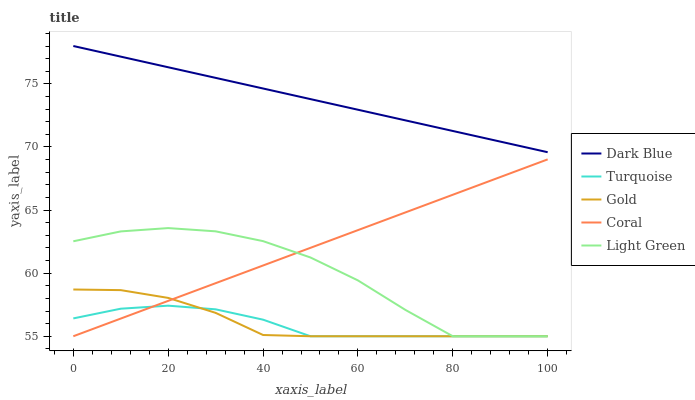
| xaxis_label | Dark Blue | Turquoise | Gold | Coral | Light Green |
 | --- | --- | --- | --- | --- | --- |
 | 0 | 78 | 56.4 | 58.7 | 55 | 62.5 |
 | 10 | 77.2 | 57.2 | 58.7 | 56.4 | 63.3 |
 | 20 | 76.3 | 57.4 | 58 | 57.8 | 63.6 |
 | 30 | 75.5 | 57.1 | 56.9 | 59.2 | 63.3 |
 | 40 | 74.6 | 56.3 | 55.1 | 60.6 | 62.5 |
 | 50 | 73.8 | 55 | 55 | 62 | 61.2 |
 | 60 | 73 | 55 | 55 | 63.4 | 59.4 |
 | 70 | 72.1 | 55 | 55 | 64.8 | 57.1 |
 | 80 | 71.3 | 55 | 55 | 66.2 | 55 |
 | 90 | 70.4 | 55 | 55 | 67.6 | 55 |
 | 100 | 69.6 | 55 | 55 | 69 | 55 |